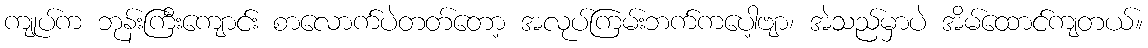
ကျုပ်က ဘုန်းကြီးကျောင်း စာလောက်ပဲတတ်တော့ အလုပ်ကြမ်းဘက်ကပေါ့ဗျာ၊ အဲသည်မှာပဲ အိမ်ထောင်ကျတယ်။